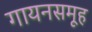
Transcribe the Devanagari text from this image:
गायनसमूह